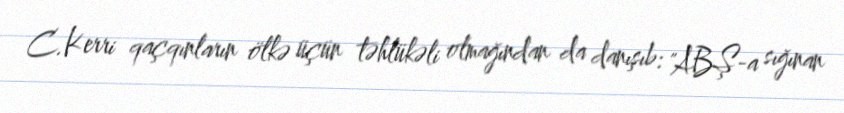
C.Kerri qaçqınların ölkə üçün təhlükəli olmağından da danışıb: "ABŞ-a sığınan